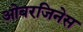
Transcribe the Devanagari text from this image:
ओबरजिनेस